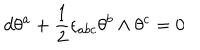
d \theta ^ { a } + { \frac { 1 } { 2 } } \epsilon _ { a b c } \theta ^ { b } \wedge \theta ^ { c } = 0